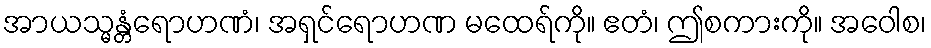
အာယသ္မန္တံရောဟဏံ၊ အရှင်ရောဟဏ မထေရ်ကို။ ဧတံ၊ ဤစကားကို။ အဝေါစ၊